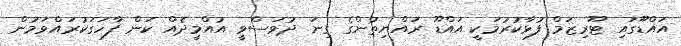
އައްޑޫގައި ޓޫރިޒަމް ފުޅާކުރުމަކީ އައްޑޫ ރައްޔިތުންގެ ގިނަ ދުވަސްވީ އުއްމީދެއް ކަން ފާހަގަކުރައްވަމުން